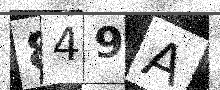
Text: 849A